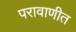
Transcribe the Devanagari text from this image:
परावाणीत